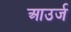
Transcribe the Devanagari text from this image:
आउर्ज